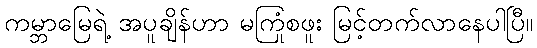
ကမ္ဘာမြေရဲ့ အပူချိန်ဟာ မကြုံစဖူး မြင့်တက်လာနေပါပြီ။